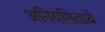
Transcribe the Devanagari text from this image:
अनियमितायें